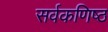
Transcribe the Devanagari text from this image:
सर्वकणिष्ठ